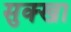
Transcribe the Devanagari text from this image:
सुक्खा